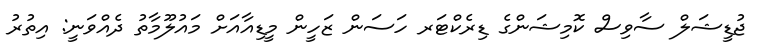
ޖުޑީޝަލް ސާވިސް ކޮމިޝަންގެ ޑިރެކްޓަރ ހަސަން ޒަހީން މީޑިއާއަށް މައުލޫމާތު ދެއްވަނީ: އިތުރު